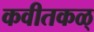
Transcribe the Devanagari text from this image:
कवीतकळ्